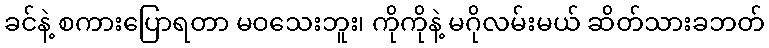
ခင်နဲ့ စကားပြောရတာ မဝသေးဘူး၊ ကိုကိုနဲ့ မဂိုလမ်းမယ် ဆိတ်သားခဘတ်